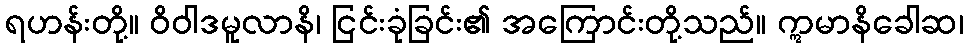
ရဟန်းတို့။ ဝိဝါဒမူလာနိ၊ ငြင်းခုံခြင်း၏ အကြောင်းတို့သည်။ ဣမာနိခေါဆ၊